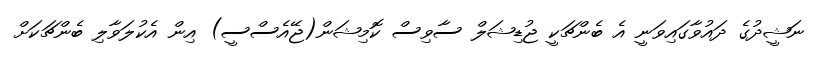
ނަޝީދުގެ ދައުވާގައިވަނީ އެ ބެންޗަކީ ޖުޑިޝަލް ސާވިސް ކޮމިޝަން(ޖޭއެސްސީ) އިން އެކުލަވާލި ބެންޗަކަށް